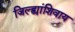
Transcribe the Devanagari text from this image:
जिल्ह्यांशिवाय